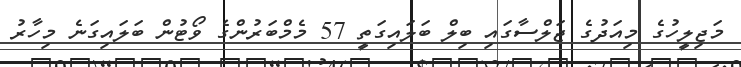
މަޖިލީހުގެ މިއަދުގެ ޖަލްސާގައި ބިލް ބަލައިގަތީ 57 މެމްބަރުންގެ ވޯޓުން ބަލައިގަނެ މިހާރު